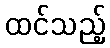
ထင်သည့်